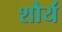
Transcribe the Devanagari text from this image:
शौर्यं